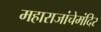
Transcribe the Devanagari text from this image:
महाराजांचेमंदिर